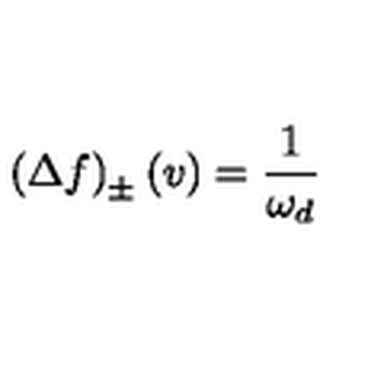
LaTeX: \left( \Delta f \right) _ { \pm } \left( v \right) = \frac { 1 } { \omega _ { d } }